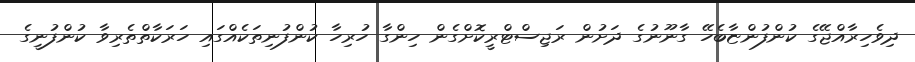
ދިވެހިރާއްޖޭގެ ކުންފުންޏާބެހޭ ގާނޫނުގެ ދަށުން ރަޖިސްޓްރީކޮށްގެން ހިންގާ ހުރިހާ ކުންފުނިތަކެއްގައި ހަރަކާތްތެރިވާ ކުންފުނީގެ